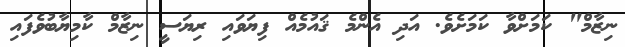
ނިޒާމް" ކަމަށްވާ ކަމަށެވެ. އަދި އެންމެ ޤައުމެއް ފިޔަވައި ރިޔަސީ ނިޒާމް ކާމިޔާބުވެފައި